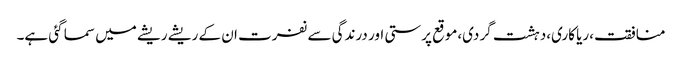
منافقت،ریا کاری،دہشت گردی،موقع پرستی اور درندگی سے نفرت ان کے ریشے ریشے میں سما گئی ہے۔